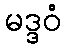
မဒ္ဒဝံ